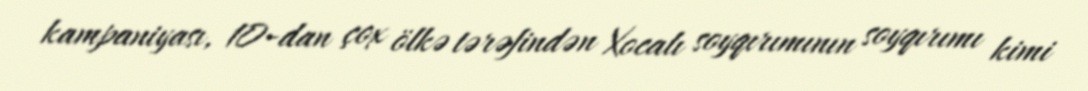
kampaniyası, 10-dan çox ölkə tərəfindən Xocalı soyqırımının soyqırımı kimi